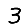
Digit: 3